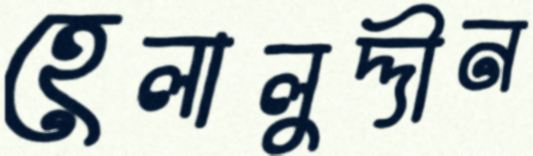
হেলালুদ্দীন